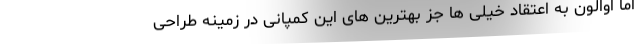
اما اوالون به اعتقاد خیلی ها جز بهترین های این کمپانی در زمینه طراحی